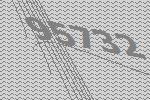
95732